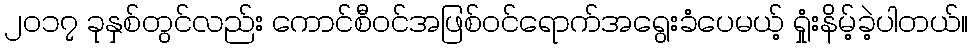
၂၀၁၇ ခုနှစ်တွင်လည်း ကောင်စီဝင်အဖြစ်ဝင်ရောက်အရွေးခံပေမယ့် ရှုံးနိမ့်ခဲ့ပါတယ်။